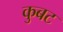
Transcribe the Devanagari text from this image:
कुबट